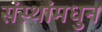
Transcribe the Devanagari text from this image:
संस्थांमधुन